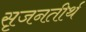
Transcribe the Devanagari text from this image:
सृजनतीर्थ